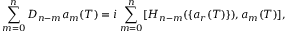
\sum _ { m = 0 } ^ { n } D _ { n - m } a _ { m } ( T ) = i \sum _ { m = 0 } ^ { n } [ H _ { n - m } ( \{ a _ { r } ( T ) \} ) , a _ { m } ( T ) ] ,